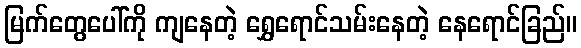
မြက်တွေပေါ်ကို ကျနေတဲ့ ရွှေရောင်သမ်းနေတဲ့ နေရောင်ခြည်။